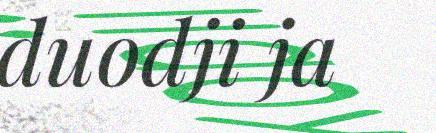
duodji ja